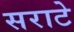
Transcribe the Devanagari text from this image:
सराटे